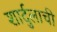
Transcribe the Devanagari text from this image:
शार्दुलाची